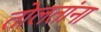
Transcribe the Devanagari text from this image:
तोलतांना